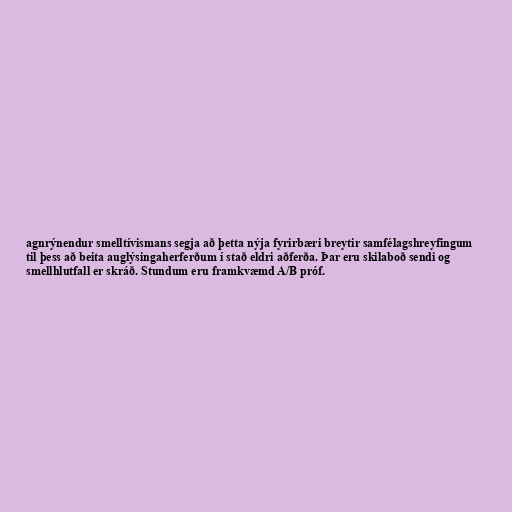
agnrýnendur smelltívismans segja að þetta nýja fyrirbæri breytir samfélagshreyfingum
til þess að beita auglýsingaherferðum í stað eldri aðferða. Þar eru skilaboð sendi og
smellhlutfall er skráð. Stundum eru framkvæmd A/B próf.